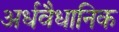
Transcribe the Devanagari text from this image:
अर्धवैधानिक